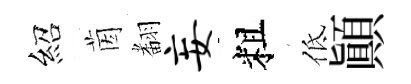
紹茵𮋒妄粗低顛